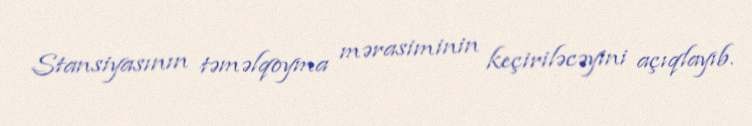
Stansiyasının təməlqoyma mərasiminin keçiriləcəyini açıqlayıb.